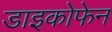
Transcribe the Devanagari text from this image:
डाइकोफेन